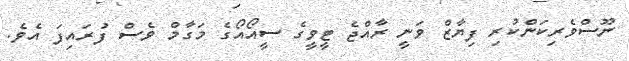
ނޫސްވެރިކަންކުރި ފިޔާޒް ވަނީ ރާއްޖެ ޓީވީގެ ސީއޯއޯގެ މަގާމް ވެސް ފުރައިފަ އެވެ.